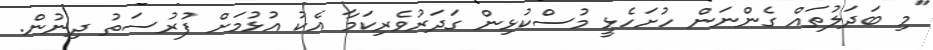
"މި ބަދަލުތައް ގެންނަން ހުށަހެޅީ މުސްކުޅިން ގަދަރުވެރިކަމާ އެކު އުޅުމަށް ފުރުސަތު ދިނުން.